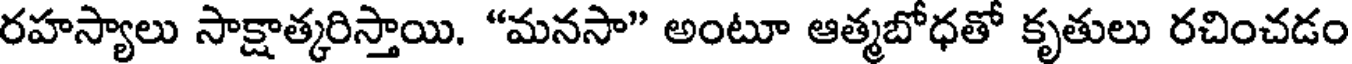
రహస్యాలు సాక్షాత్కరిస్తాయి. "మనసా" అంటూ ఆత్మబోధతో కృతులు రచించడం